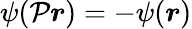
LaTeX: \psi(\mathcal{P}{\boldsymbol{r}})=-\psi({\boldsymbol{r}})